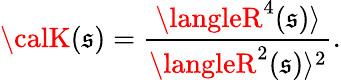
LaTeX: {\calK}(\mathfrak{s})=\frac{{\langleR^{4}(\mathfrak{s})\rangle}}{{\langleR^{2}(\mathfrak{s})\rangle^{2}}}.